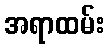
အရာထမ်း